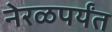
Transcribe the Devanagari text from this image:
नेरळपर्यंत